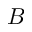
B